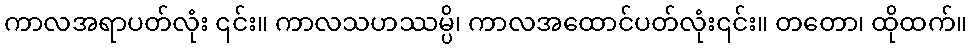
ကာလအရာပတ်လုံး ၎င်း။ ကာလသဟဿမ္ပိ၊ ကာလအထောင်ပတ်လုံး၎င်း။ တတော၊ ထိုထက်။